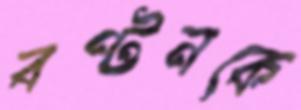
বণ্টনকে